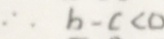
\therefore b - c < 0